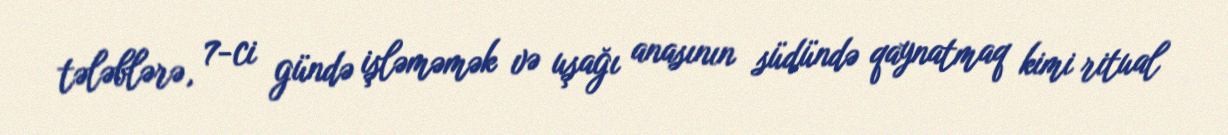
tələblərə, 7-ci gündə işləməmək və uşağı anasının südündə qaynatmaq kimi ritual